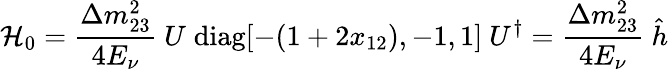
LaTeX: {\cal H}_{0}={\frac{\Delta m_{23}^{2}}{4E_{\nu}}}~U\; \mathrm{diag}[-(1+2x_{12}),-1,1]~U^{\dagger}={\frac{\Delta m_{23}^{2}}{4E_{\nu}}}~{\hat{h}}